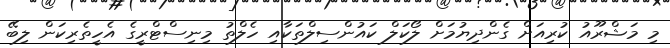
މި މަޝްރޫއު ކުރިއަށް ގެންދިޔުމަށް ލޯކަލް ކައުންސިލްތަކާއި ހެލްތު މިނިސްޓްރީގެ އެހީތެރިކަން ލިބޭ